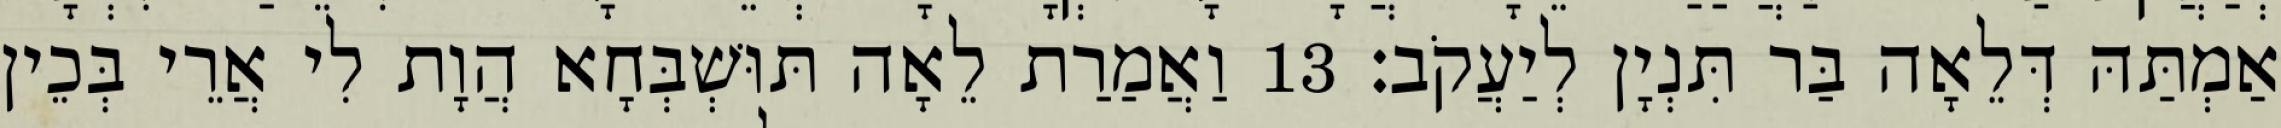
אַמְתַּהּ דְּלֵאָה בַּר תִּנְיָן לְיַעֲקֹב׃ 13 וַאֲמַרַת לֵאָה תּוּשְׁבְּחָא הֲוָת לִי אֲרֵי בְּכֵין